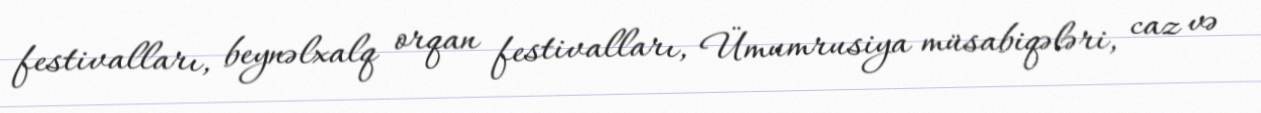
festivalları, beynəlxalq orqan festivalları, Ümumrusiya müsabiqələri, caz və